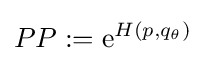
PP:={\mathrm {e} }^{H(p,q_{\theta })}